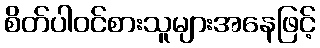
စိတ်ပါဝင်စားသူများအနေဖြင့်